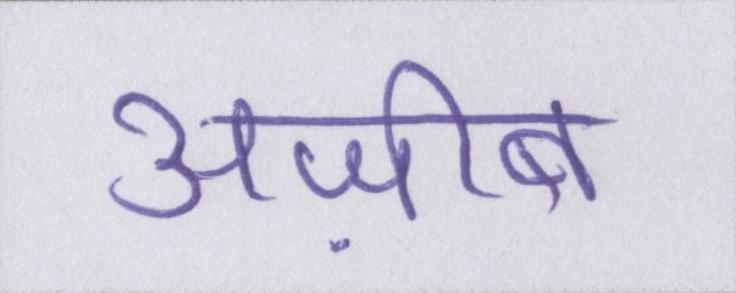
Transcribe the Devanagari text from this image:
अज़ीब